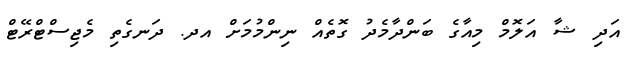
އަދި ޝާ އަލޮމް މިއާގެ ބަންދާމެދު ގޮތެއް ނިންމުމަށް އދ. ދަނގެތި މެޖިސްޓްރޭޓް